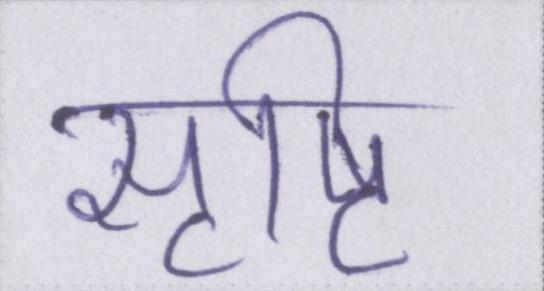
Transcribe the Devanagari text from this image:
सृष्टि